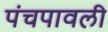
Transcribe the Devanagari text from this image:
पंचपावली